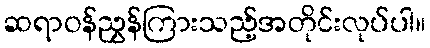
ဆရာဝန်ညွှန်ကြားသည့်အတိုင်းလုပ်ပါ။